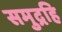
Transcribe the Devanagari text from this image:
समुद्रहि